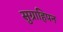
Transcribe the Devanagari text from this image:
सुग्राहिपन